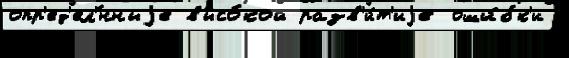
опр'ед'ел'́нныjе высо́кой разв'и́т'иjе оши́бк'и